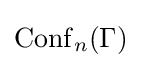
\operatorname {Conf} _{n}(\Gamma )